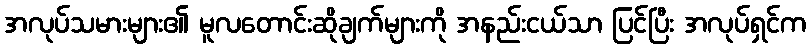
အလုပ်သမားများ၏ မူလတောင်းဆိုချက်များကို အနည်းငယ်သာ ပြင်ပြီး အလုပ်ရှင်က